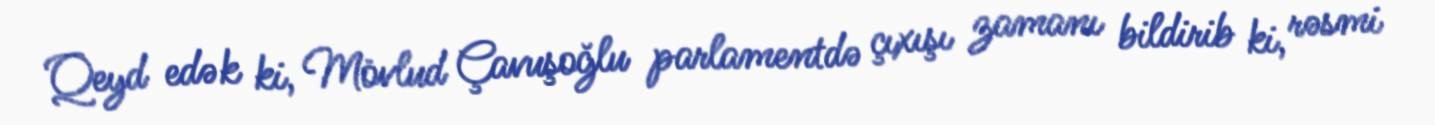
Qeyd edək ki, Mövlud Çavuşoğlu parlamentdə çıxışı zamanı bildirib ki, rəsmi